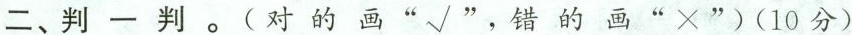
二、判一判。(对的画 “√”，错的画”×”)(10分)